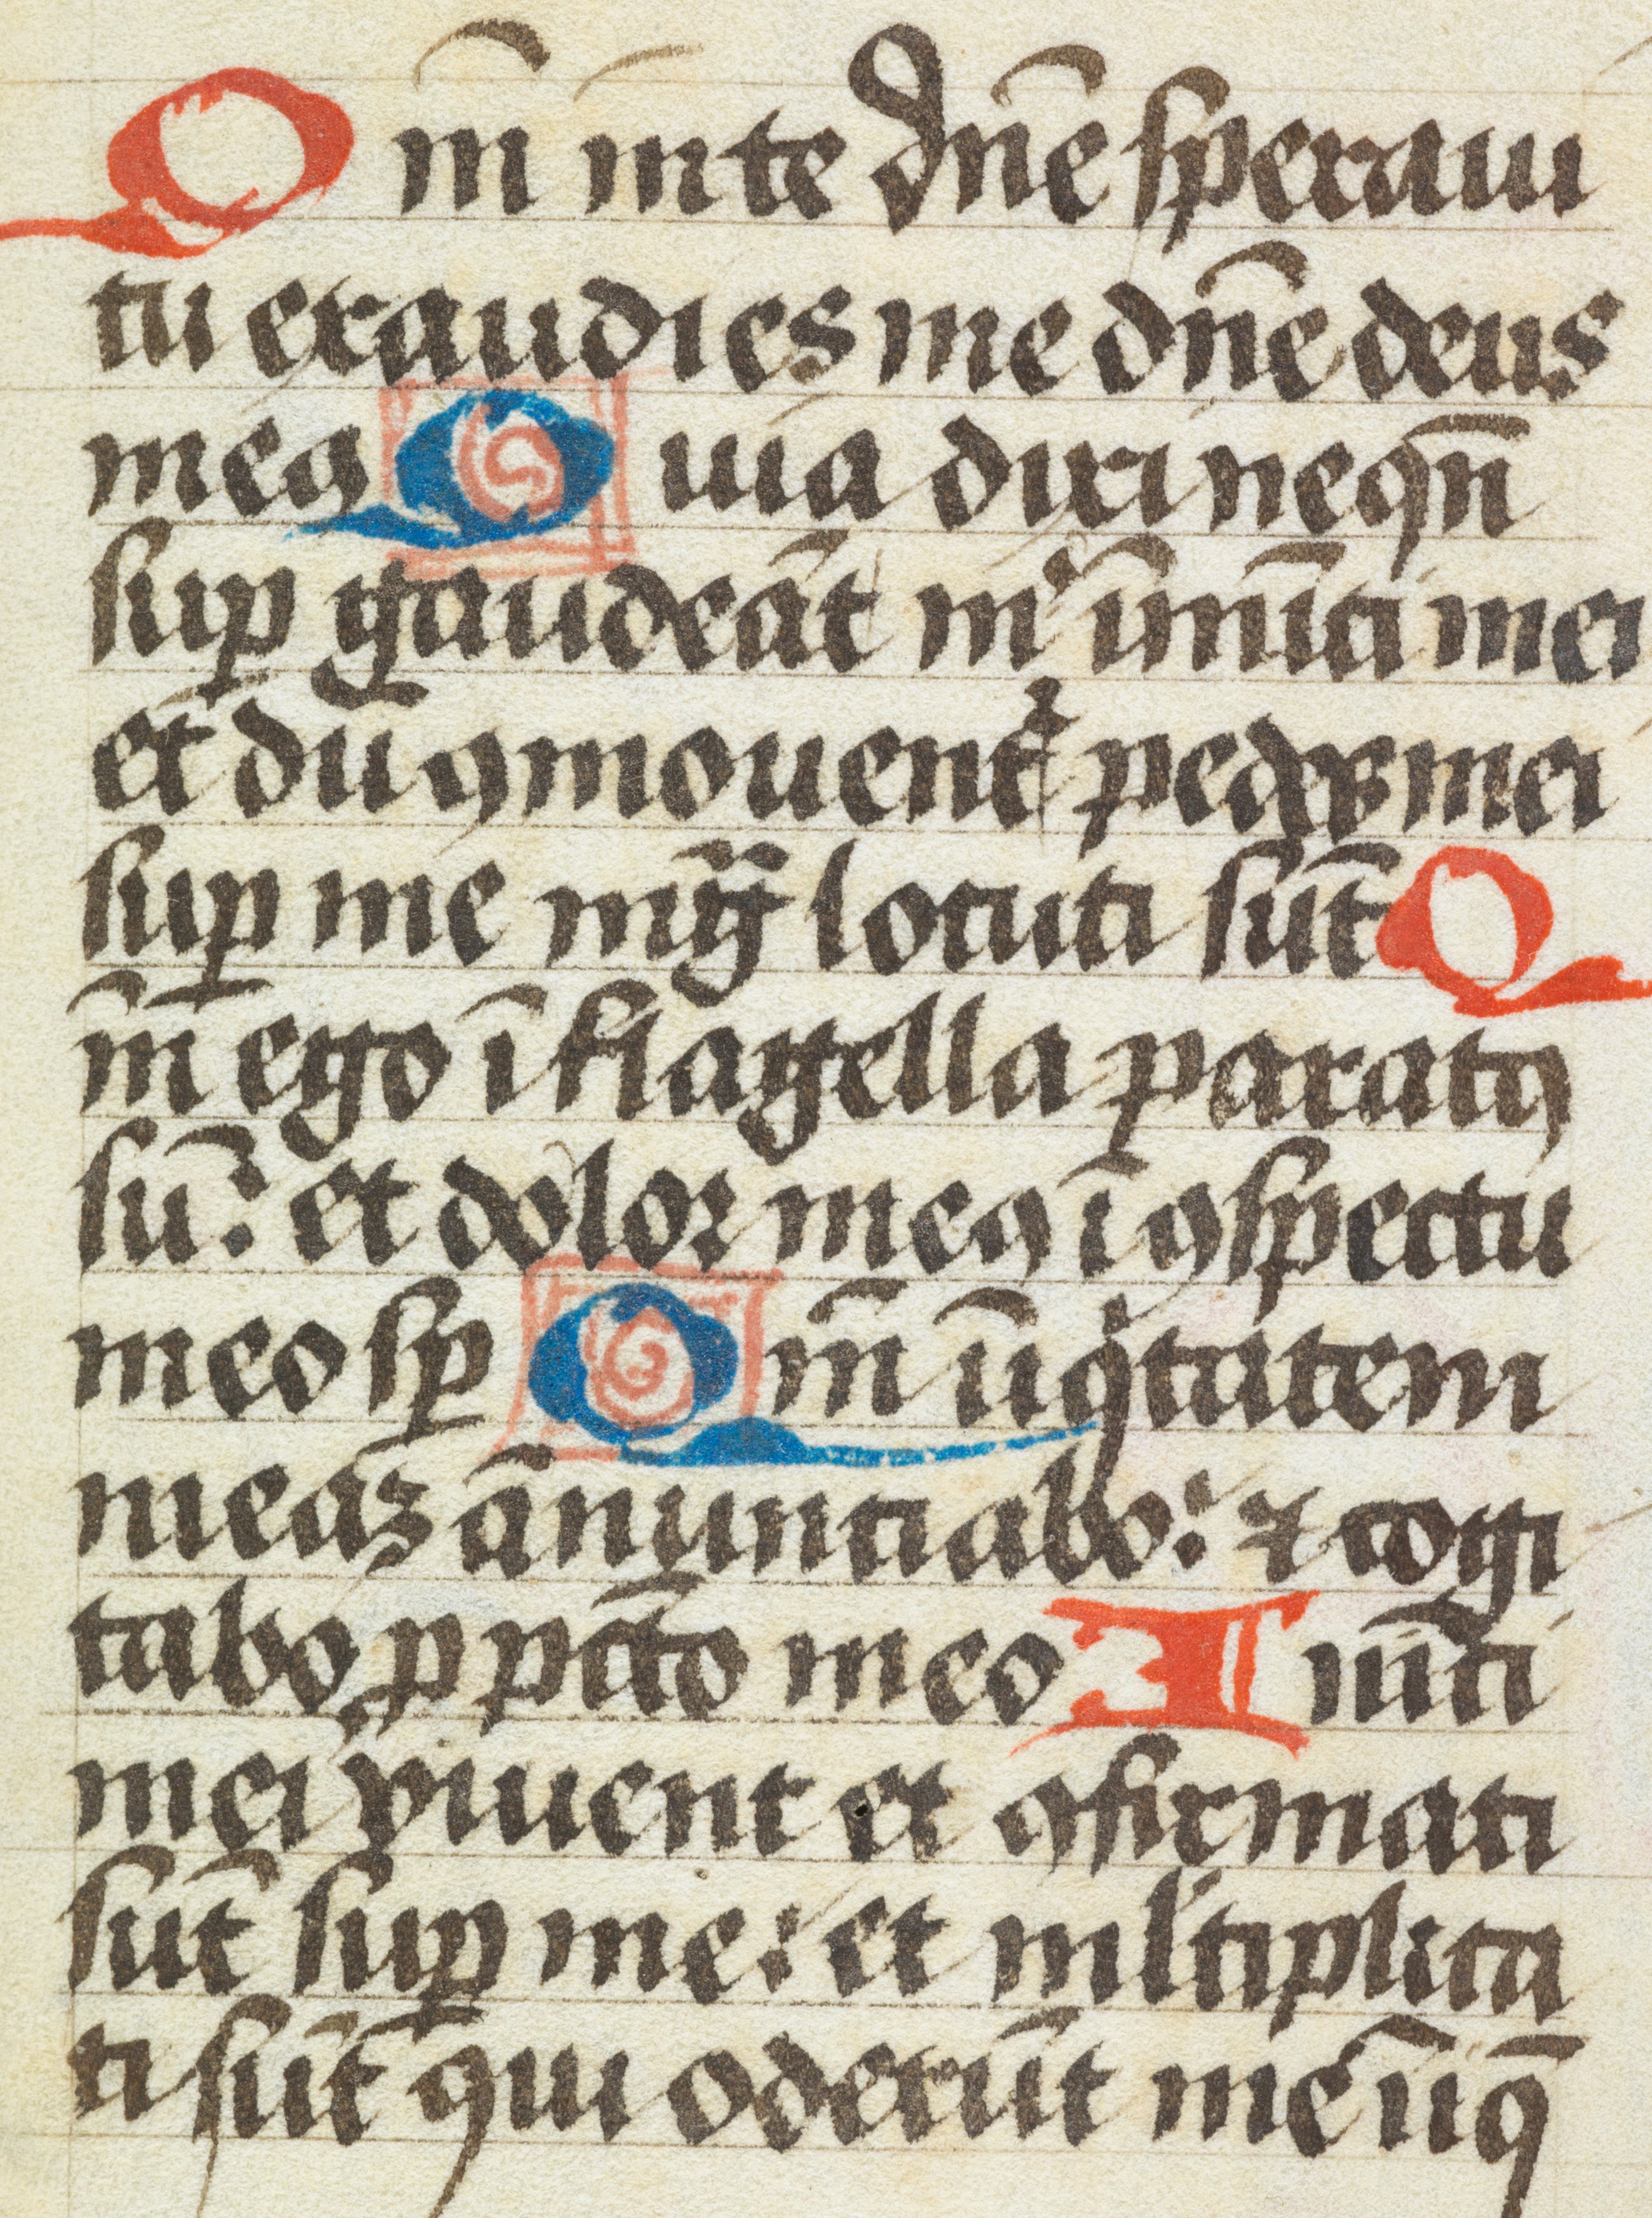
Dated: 1450–1499